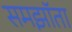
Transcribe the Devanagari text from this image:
समझॉता